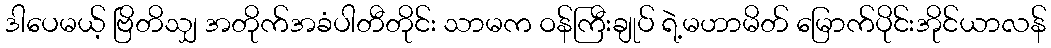
ဒါပေမယ့် ဗြိတိသျှ အတိုက်အခံပါတီတိုင်း သာမက ဝန်ကြီးချုပ် ရဲ့မဟာမိတ် မြောက်ပိုင်းအိုင်ယာလန်